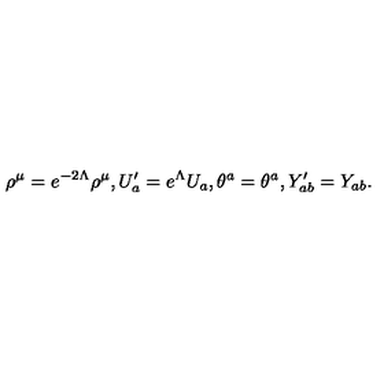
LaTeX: \rho ^ { \mu } = e ^ { - 2 \Lambda } \rho ^ { \mu } , U _ { a } ^ { \prime } = e ^ { \Lambda } U _ { a } , \theta ^ { a } = \theta ^ { a } , Y _ { a b } ^ { \prime } = Y _ { a b } .